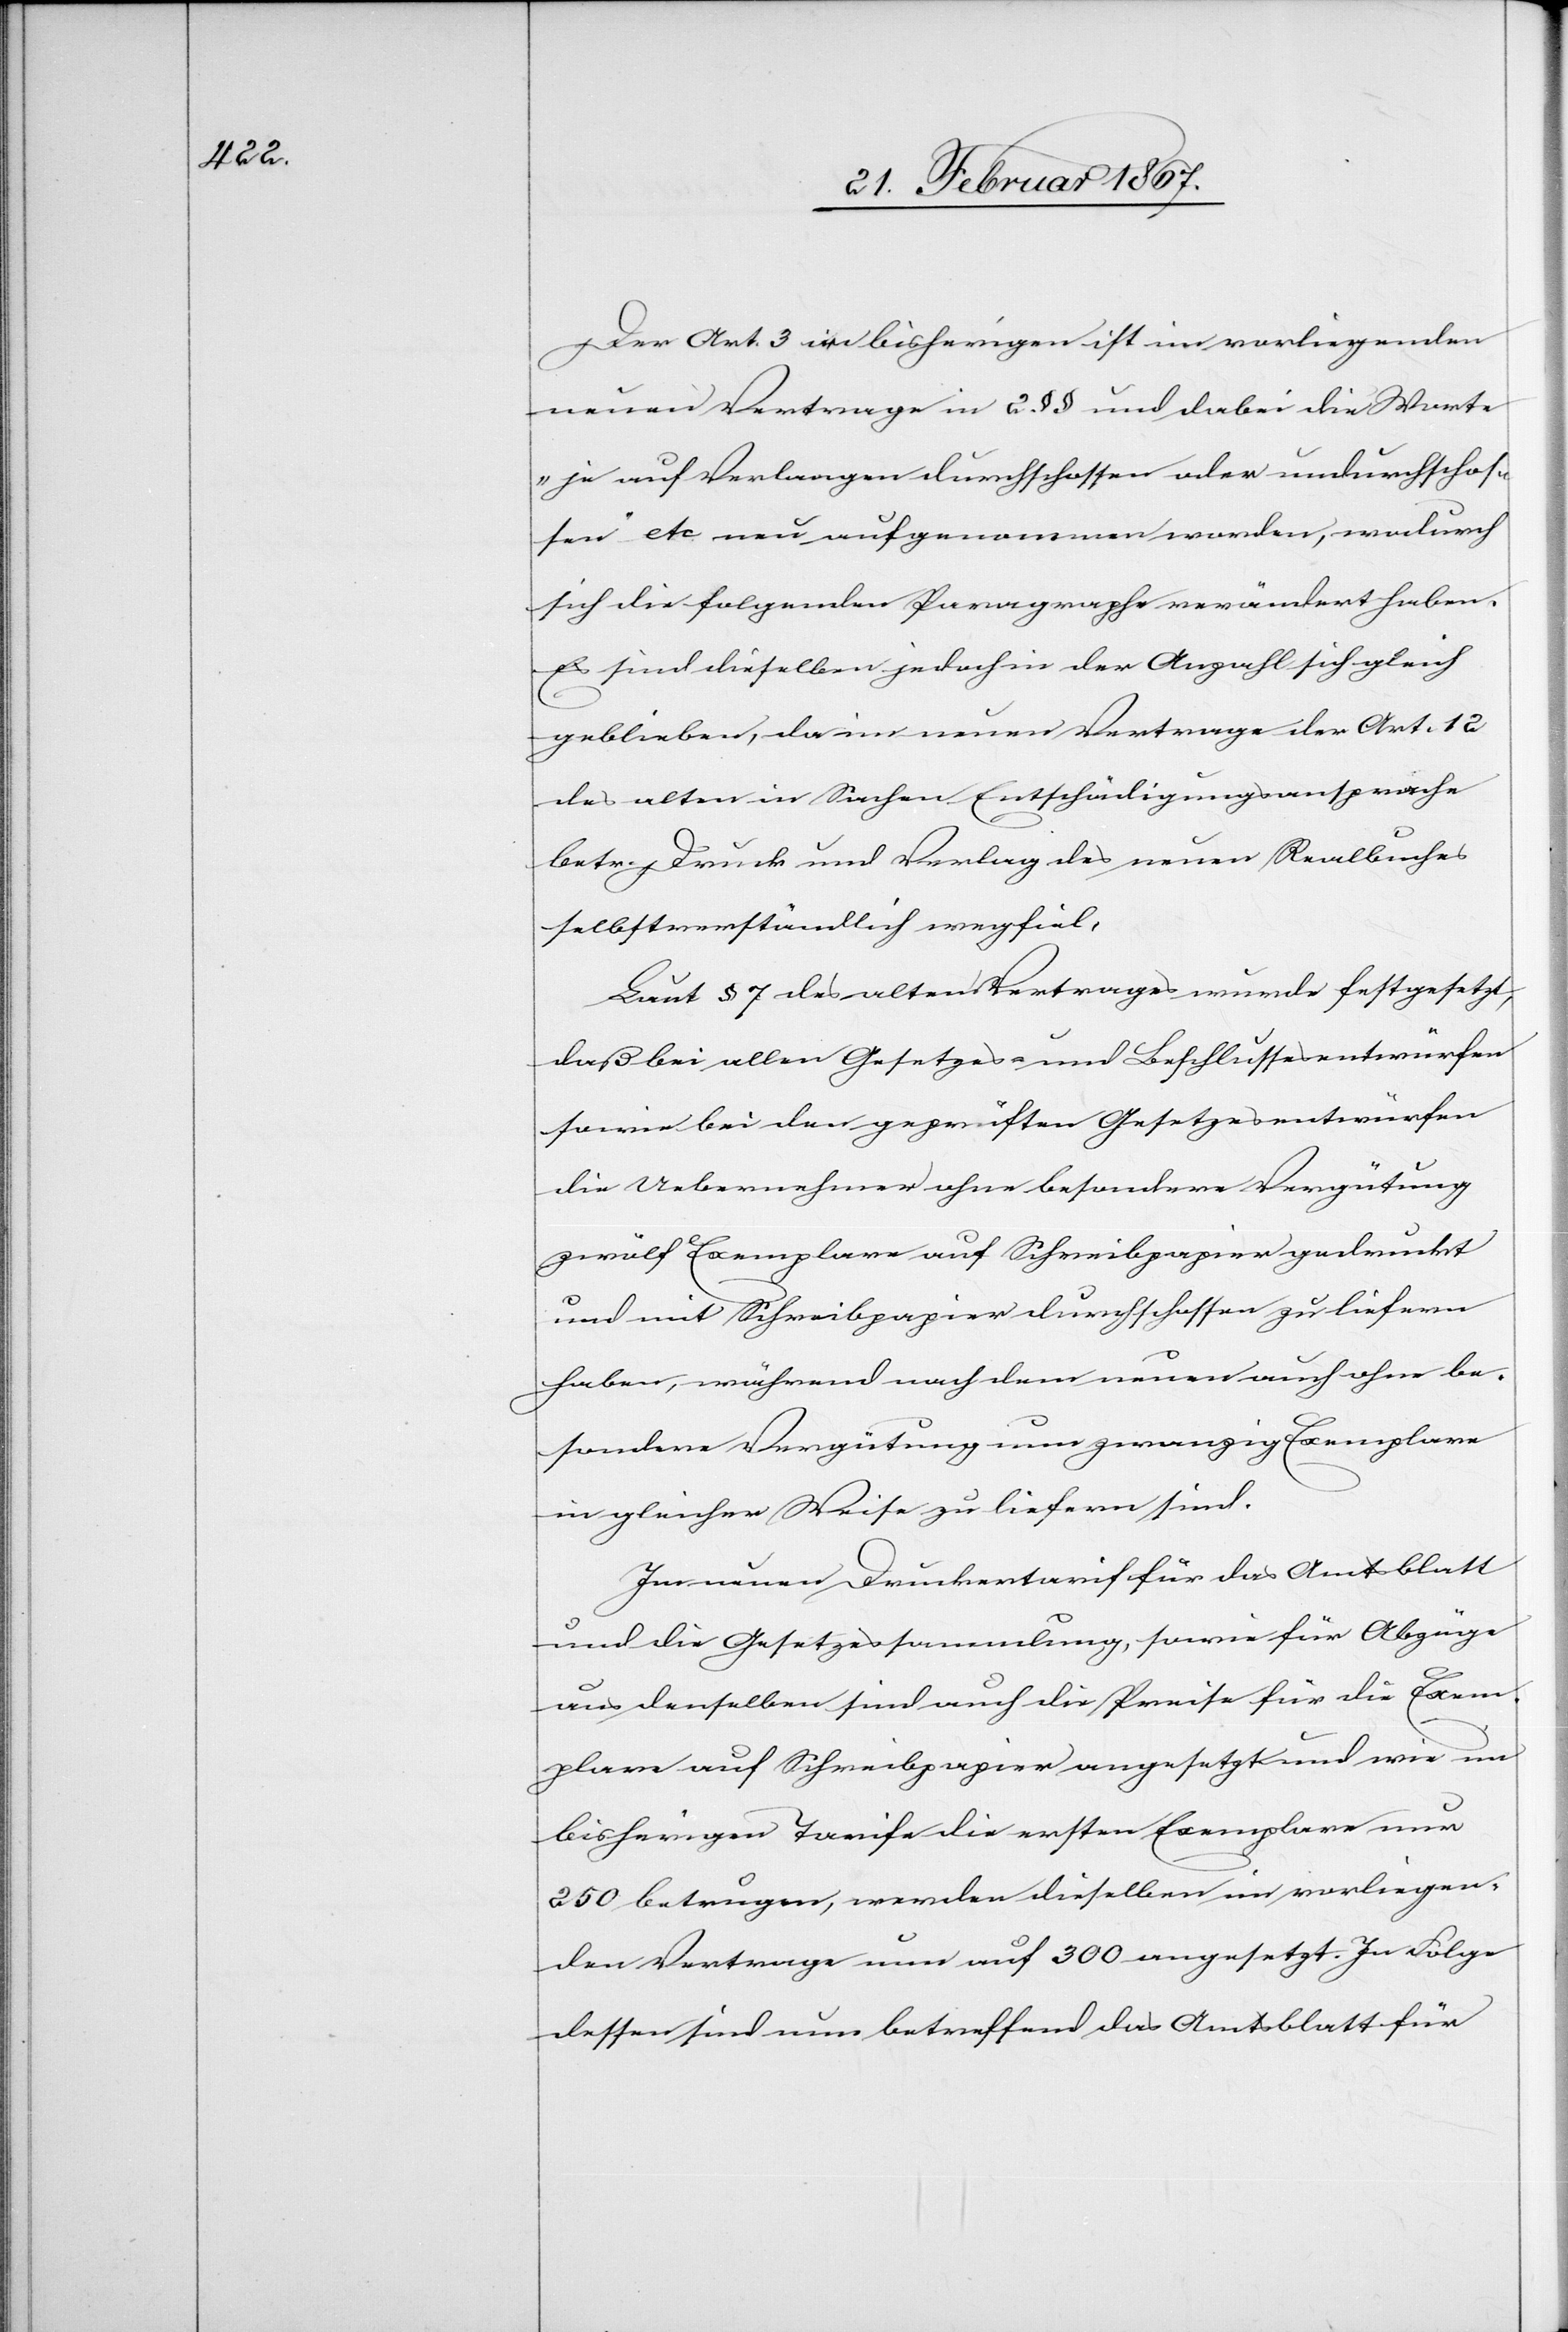
Der Art. 3 im bisherigen ist im vorliegenden
neuen Vertrage in 2 §§ und dabei die Worte
„je auf Verlangen durchschossen oder undurchschos¬
sen“ etc neu aufgenommen worden, wodurch
sich die folgenden Paragraphe verändert haben.
Es sind dieselben jedoch in der Anzahl sich gleich
geblieben, da im neuen Vertrage der Art. 12
des alten in Sachen Entschädigungsansprache
betr. Druck und Verlag des neuen Realbuches
selbstverständlich wegfiel,
Laut § 7 des alten Vertrages wurde festgesetzt,
daß bei allen Gesetzes- und Beschlussesentwürfen
sowie bei den geprüften Gesetzesentwürfen
die Uebernehmer ohne besondere Vergütung
zwölf Exemplare auf Schreibpapier gedruckt
und mit Schreibpapier durchschossen zu liefern
haben, während nach dem neuen auch ohne be¬
sondere Vergütung nun zwanzig Exemplare
in gleicher Weise zu liefern sind.
Im neuen Druckertarif für das Amtsblatt
und die Gesetzessammlung, sowie für Abzüge
aus denselben sind auch die Preise für die Exem¬
plare auf Schreibpapier angesetzt und wie im
bisherigen Tarife die ersten Exemplare nur
250 betrugen, werden dieselben im vorliegen¬
den Vertrage nun auf 300 angesetzt. In Folge
dessen sind nun betreffend das Amtsblatt für